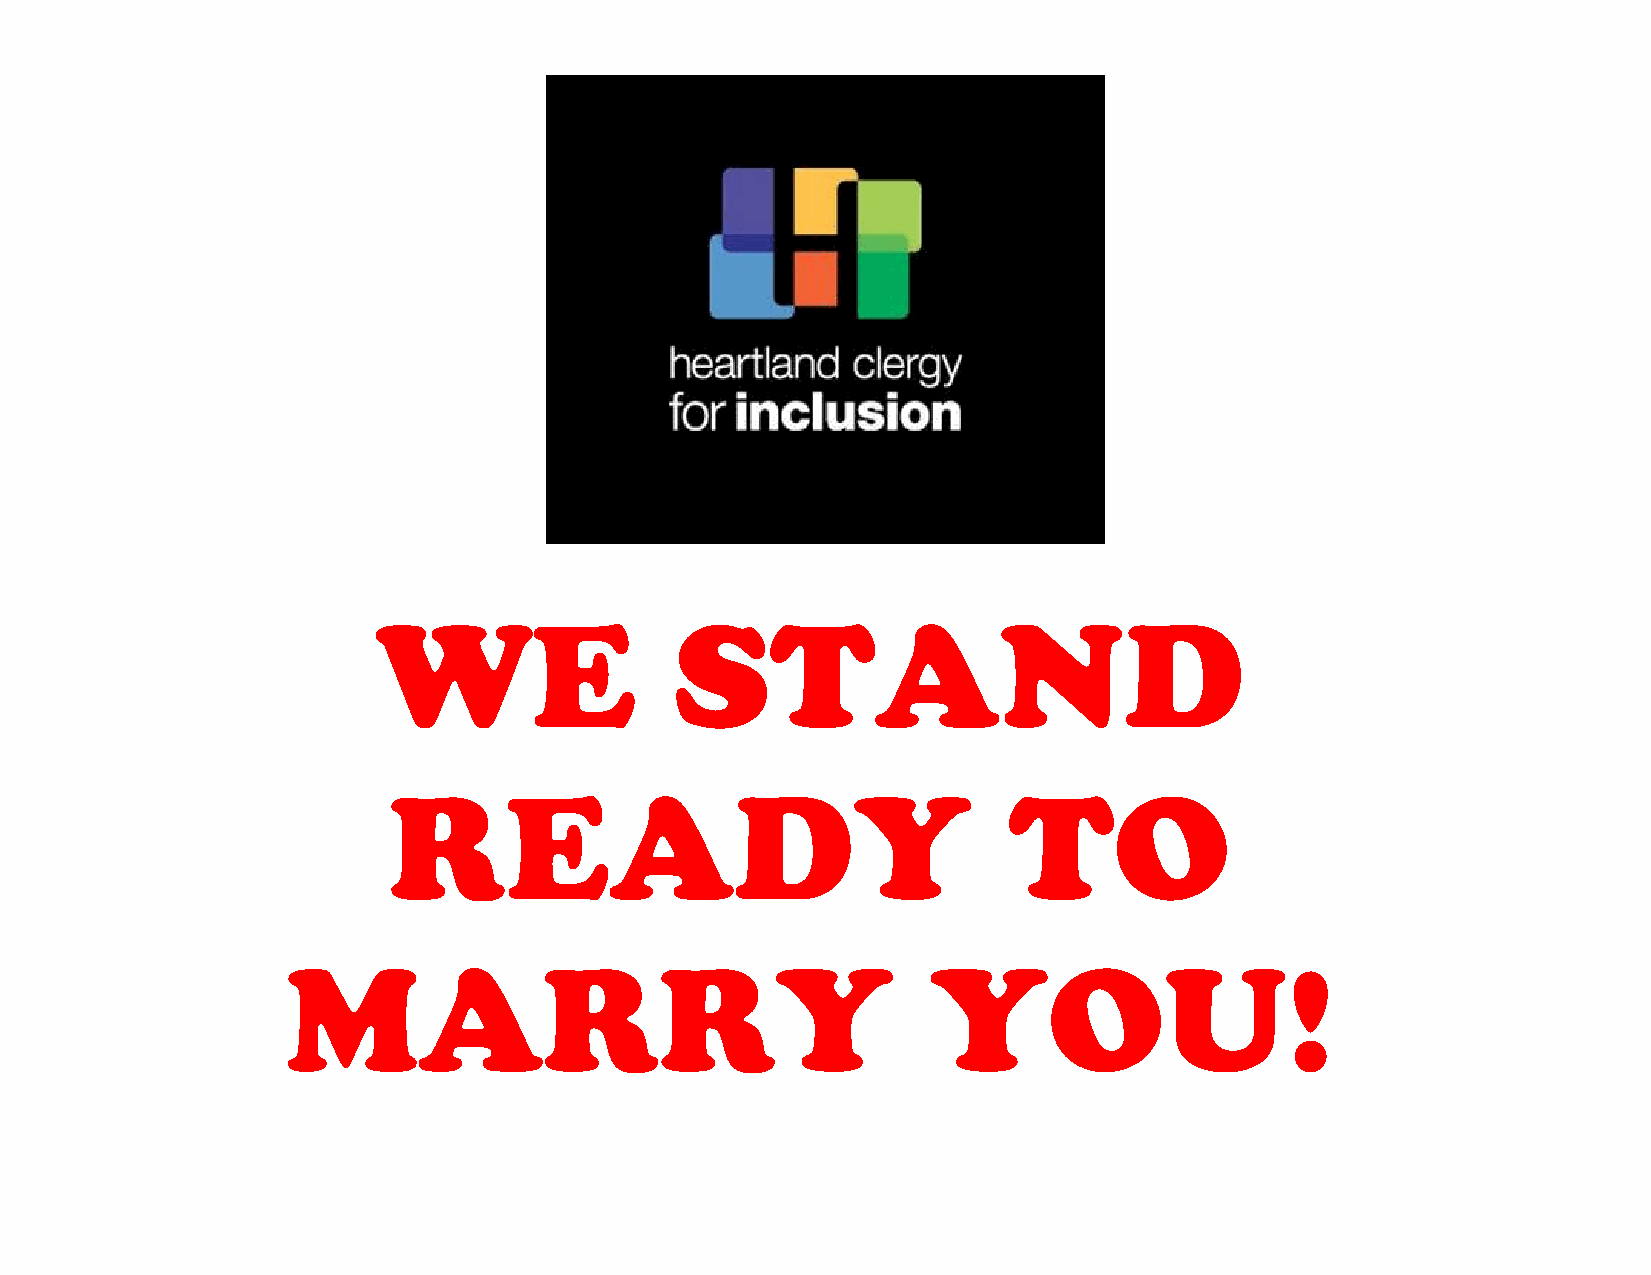
WE                  STAND
 READY                                    TO
 MARRY                                      YOU!